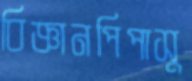
বিজ্ঞানপিপাসু